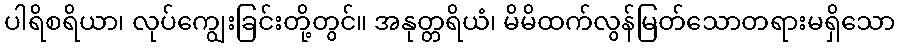
ပါရိစရိယာ၊ လုပ်ကျွေးခြင်းတို့တွင်။ အနုတ္တရိယံ၊ မိမိထက်လွန်မြတ်သောတရားမရှိသော